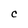
Character: C